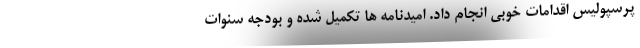
پرسپولیس اقدامات خوبی انجام داد. امیدنامه ها تکمیل شده و بودجه سنوات